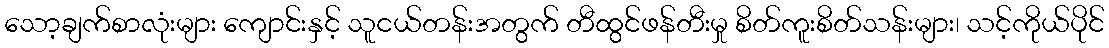
သော့ချက်စာလုံးများ ကျောင်းနှင့် သူငယ်တန်းအတွက် တီထွင်ဖန်တီးမှု စိတ်ကူးစိတ်သန်းများ၊ သင့်ကိုယ်ပိုင်